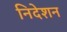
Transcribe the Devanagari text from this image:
निदेशन